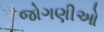
જોગણીઓ